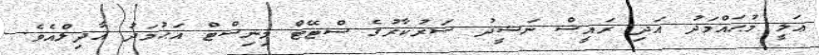
ޢަލީ މުޙައްމަދު އަދި ރައީސް ނަޝީދު ސަރުކާރުގެ ސްޓޭޓް މިނިސްޓް އަޙުމަދު އާދިލްއެވެ.